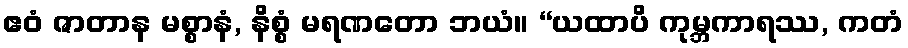
ဧဝံ ဇာတာန မစ္စာနံ, နိစ္စံ မရဏတော ဘယံ။ “ယထာပိ ကုမ္ဘကာရဿ, ကတံ